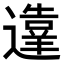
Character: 𬩙